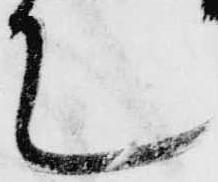
て